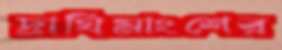
দ্রাঘিমাংশের